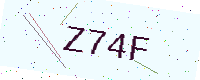
Text: Z74F